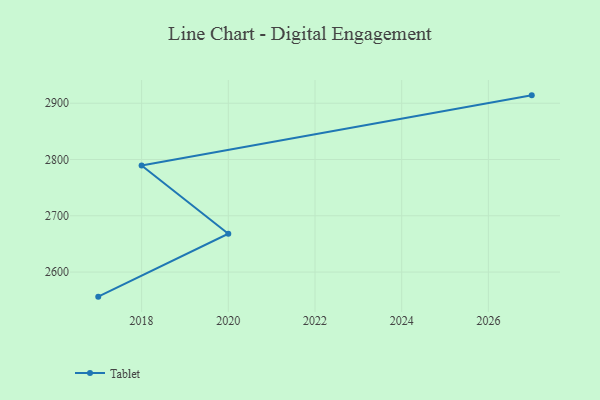
{"axis": {"x": "Year", "y": "Population (Million)"}, "legend": ["Tablet"], "data": [{"x": "2027", "y": 2914.0, "type": "Tablet"}, {"x": "2018", "y": 2789.3, "type": "Tablet"}, {"x": "2020", "y": 2668.2, "type": "Tablet"}, {"x": "2017", "y": 2556.3, "type": "Tablet"}]}